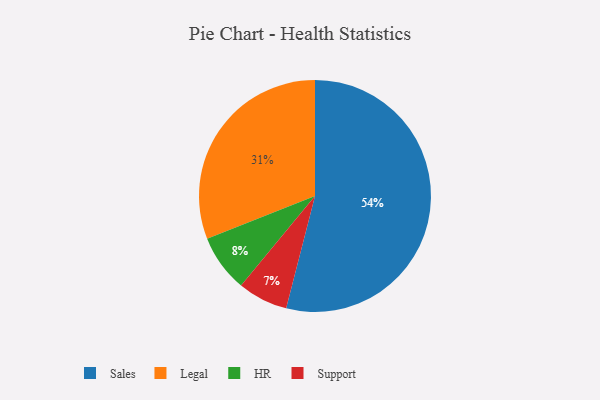
{"axis": {"x": "Category", "y": "Percentage"}, "legend": ["HR", "Legal", "Sales", "Support"], "data": [{"x": "Legal", "y": 31, "type": "Legal"}, {"x": "Sales", "y": 54, "type": "Sales"}, {"x": "HR", "y": 8, "type": "HR"}, {"x": "Support", "y": 7, "type": "Support"}]}